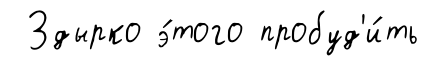
Здырко э́того пробуд'и́ть